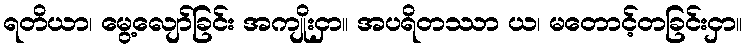
ရတိယာ၊ မွေ့လျော်ခြင်း အကျိုးငှာ။ အပရိတဿာ ယ၊ မတောင့်တခြင်းငှာ။